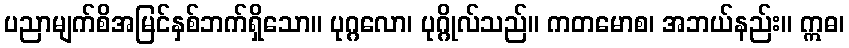
ပညာမျက်စိအမြင်နှစ်ဘက်ရှိသော။ ပုဂ္ဂလော၊ ပုဂ္ဂိုလ်သည်။ ကတမောစ၊ အဘယ်နည်း။ ဣဓ၊